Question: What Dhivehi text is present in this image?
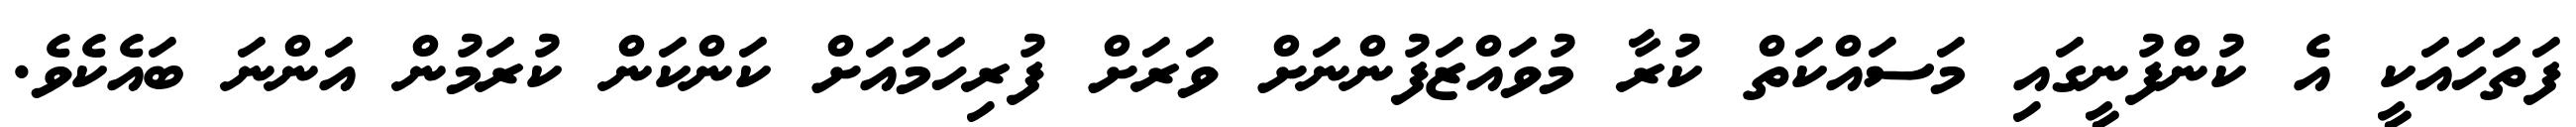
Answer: ފަތަހައަކީ އެ ކުންފުނީގައި މަސައްކަތް ކުރާ މުވައްޒަފުންނަށް ވަރަށް ފުރިހަމައަށް ކަންކަން ކުރަމުން އަންނަ ބައެކެވެ.